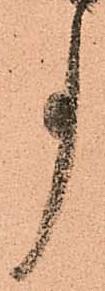
事